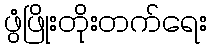
ဖွံဖြိုးတိုးတက်ရေး